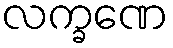
လက္ခဏေ